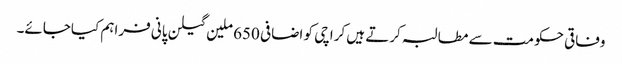
وفاقی حکومت سے مطالبہ کرتے ہیں کراچی کو اضافی 650 ملین گیلن پانی فراہم کیاجائے۔